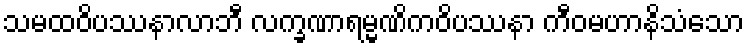
သမထဝိပဿနာလာဘီ လက္ခဏာရမ္မဏိကဝိပဿနာ ကီဝမဟာနိသံသော